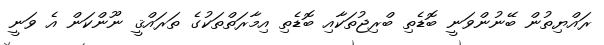
ރައްޔިތުން ބޭނުންވަނީ ބޮޑެތި ބްރިޖުތަކާއި ބޮޑެތި އިމާރަތްތަކުގެ ތަރައްޤީ ނޫންކަން އެ ވަނީ